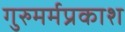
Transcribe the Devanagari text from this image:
गुरुमर्मप्रकाश